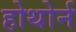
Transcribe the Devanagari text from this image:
होथोर्न